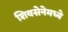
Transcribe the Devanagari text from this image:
शिवसेनेमध्ये